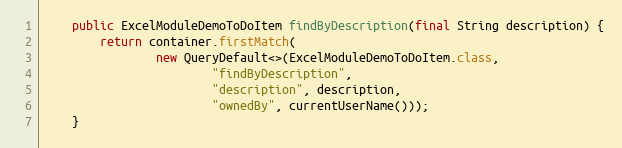
Language: Java
    public ExcelModuleDemoToDoItem findByDescription(final String description) {
        return container.firstMatch(
                new QueryDefault<>(ExcelModuleDemoToDoItem.class,
                        "findByDescription",
                        "description", description,
                        "ownedBy", currentUserName()));
    }